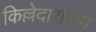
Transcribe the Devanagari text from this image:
किल्लेदारांच्या